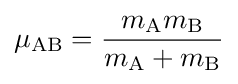
\mu _{\text{AB}}={\frac {m_{\text{A}}m_{\text{B}}}{m_{\text{A}}+m_{\text{B}}}}